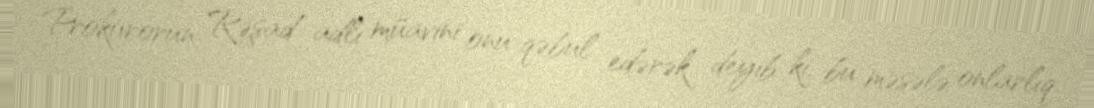
Prokurorun Rəşad adlı müavini onu qəbul edərək deyib ki, bu məsələ onlarlıq